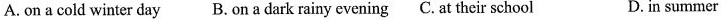
A.on a cold winter day B.on a dark rainy evening C.at their school D.in summer